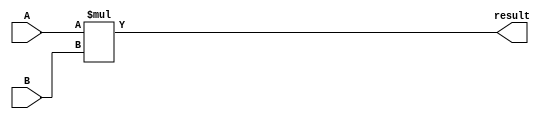
module ArithmeticBlock(
    input wire signed [7:0] A,
    input wire signed [7:0] B,
    output reg signed [15:0] result
);

always @(*) begin
    result = A * B;
end

endmodule